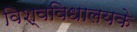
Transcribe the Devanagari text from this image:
विश्वविधालयके